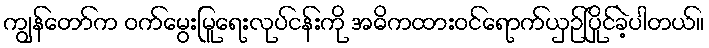
ကျွန်တော်က ဝက်မွေးမြူရေးလုပ်ငန်းကို အဓိကထားဝင်ရောက်ယှဉ်ပြိုင်ခဲ့ပါတယ်။